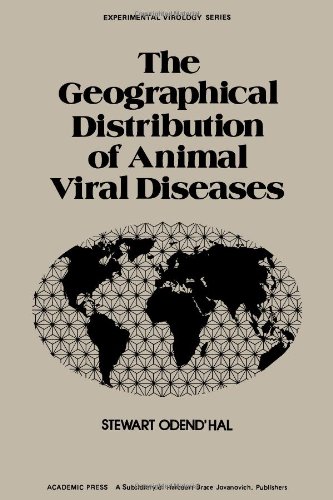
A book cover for Geographical Distribution of Animal Virus Diseases (Experimental Virology); Stewart Odend'hal; Medical Books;